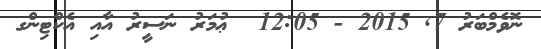
ނޮވެމްބަރު 7